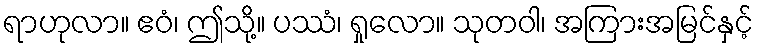
ရာဟုလာ။ ဧဝံ၊ ဤသို့။ ပဿံ၊ ရှုလော။ သုတဝါ၊ အကြားအမြင်နှင့်